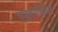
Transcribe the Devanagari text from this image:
एड्वार्डियन